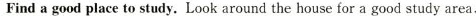
Find a good place to study. Look around the house for a good study area,